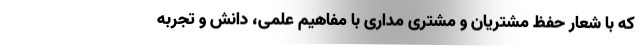
که با شعار حفظ مشتریان و مشتری مداری با مفاهیم علمی، دانش و تجربه